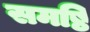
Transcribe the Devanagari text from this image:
समष्ठि